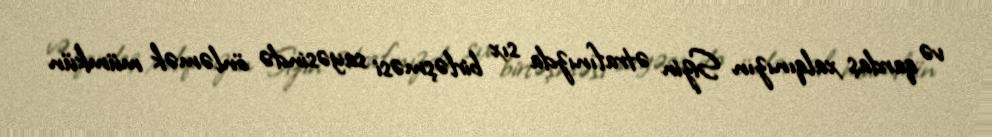
və qardaş xalqınızın Sizin ətrafınızda sıx birləşməsi sayəsində önləmək mümkün